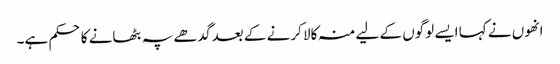
انھوں نے کہا ایسے لوگوں کے لیے منہ کالا کرنے کے بعد گدھے پہ بٹھانے کا حکم ہے۔